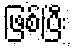
ဖြစ်ပြီး